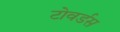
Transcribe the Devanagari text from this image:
टोवर्डस